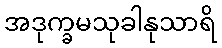
အဒုက္ခမသုခါနုသာရိ